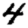
Digit: 4